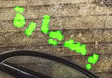
بسيارة